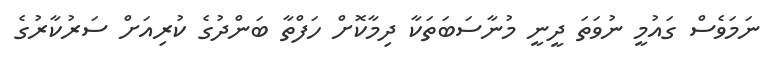
ނަމަވެސް ގައުމީ ނުވަތަ ދީނީ މުނާސަބަތަކާ ދިމާކޮށް ހަފްތާ ބަންދުގެ ކުރިއަށް ސަރުކާރުގެ